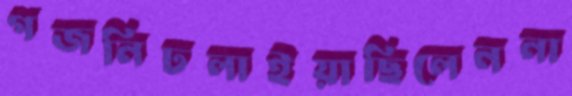
গজনিঢলাইয়াছিলেননা